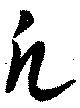
凡